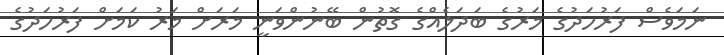
ނަމަވެސް ފަރުހަދުގެ މަރުގެ ބަދަލެއްގެ ގޮތުން ބޭނުންވަނީ މަރަށް މަރު ކަމަށް ފަރުހަދުގެ